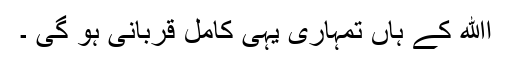
اﷲ کے ہاں تمہاری یہی کامل قربانی ہو گی ۔